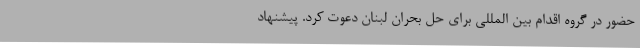
حضور در گروه اقدام بین المللی برای حل بحران لبنان دعوت کرد. پیشنهاد